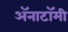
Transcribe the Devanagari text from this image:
अॅनाटॉमी